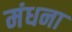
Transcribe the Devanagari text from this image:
मंधना